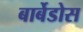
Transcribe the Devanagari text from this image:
बार्बेडोस